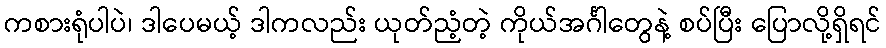
ကစားရုံပါပဲ၊ ဒါပေမယ့် ဒါကလည်း ယုတ်ညံ့တဲ့ ကိုယ်အင်္ဂါတွေနဲ့ စပ်ပြီး ပြောလို့ရှိရင်